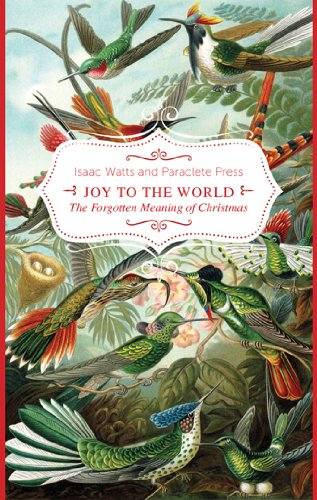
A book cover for Joy to the World!: The Forgotten Meaning of Christmas; Paraclete Press; Christian Books & Bibles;